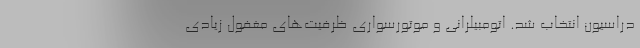
دراسیون انتخاب شد. اتومبیلرانی و موتورسواری ظرفیت‌های مغفول زیادی